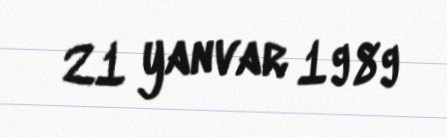
21 yanvar 1989